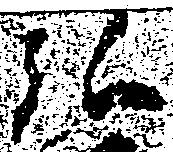
弘